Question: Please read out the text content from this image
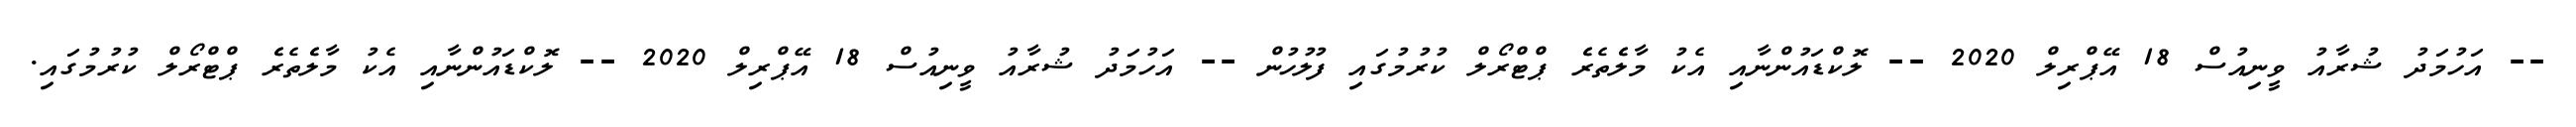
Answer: -- އަހުމަދު ޝުރާއު ވީނިއުސް 18 އޭޕްރިލް 2020 -- ލޮކްޑައުންނާއި އެކު މާލެެތެރެެ ޕްޓްރޯލް ކުރުމުގައި ފުލުހުން -- އަހުމަދު ޝުރާއު ވީނިއުސް 18 އޭޕްރިލް 2020 -- ލޮކްޑައުންނާއި އެކު މާލެެތެރެެ ޕްޓްރޯލް ކުރުމުގައި.